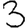
Digit: 3